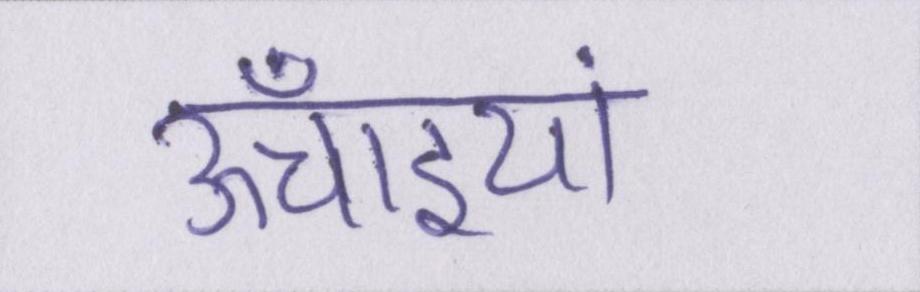
ऊँचाइयां